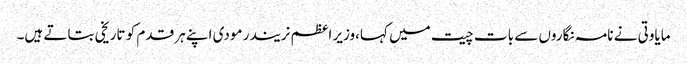
مایاوتی نے نامہ نگاروں سے بات چیت میں کہا،وزیر اعظم نریندر مودی اپنے ہر قدم کو تاریخی بتاتے ہیں۔